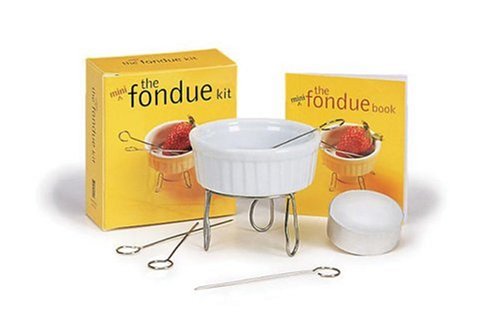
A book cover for The Mini Fondue Kit (Pocket Packets); Carlo Devito; Cookbooks, Food & Wine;